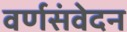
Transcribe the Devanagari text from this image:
वर्णसंवेदन